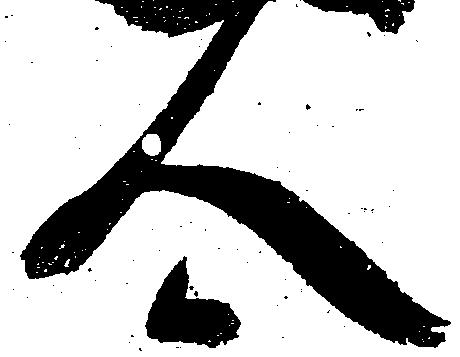
人